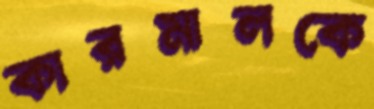
কারমালকে